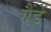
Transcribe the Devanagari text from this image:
गैंडें